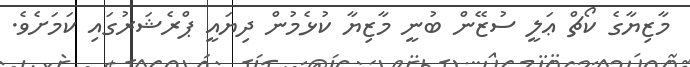
މާޒިޔާގެ ކޯޗް ޢަލީ ސުޒޭން ބުނީ މާޒިޔާ ކުޅެމުން ދިޔައީ ޕްރެޝަރުގައި ކަމަށެވެ.